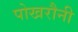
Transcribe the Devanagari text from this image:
पोखरौनी